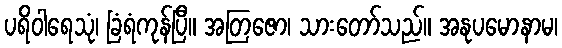
ပရိဝါရေသုံ၊ ခြံရံကုန်ပြီ။ အတြဇော၊ သားတော်သည်။ အနုပမောနာမ၊